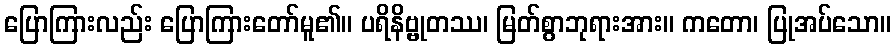
ပြောကြားလည်း ပြောကြားတော်မူ၏။ ပရိနိဗ္ဗုတဿ၊ မြတ်စွာဘုရားအား။ ကတော၊ ပြုအပ်သော။